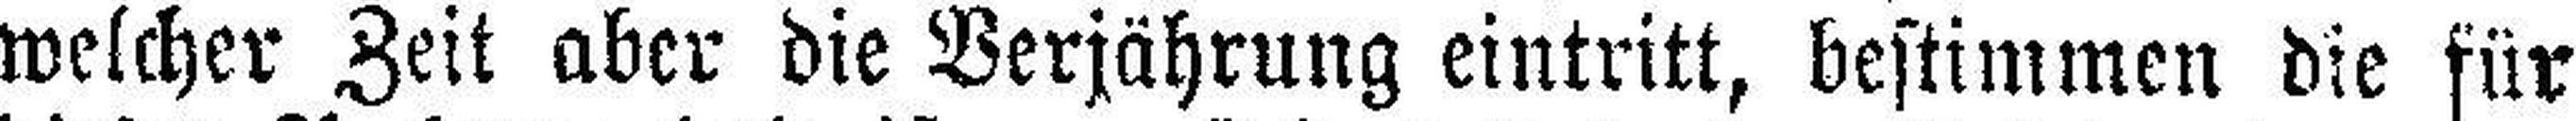
welcher Zeit aber die Verjährung eintritt, bestimmen die für